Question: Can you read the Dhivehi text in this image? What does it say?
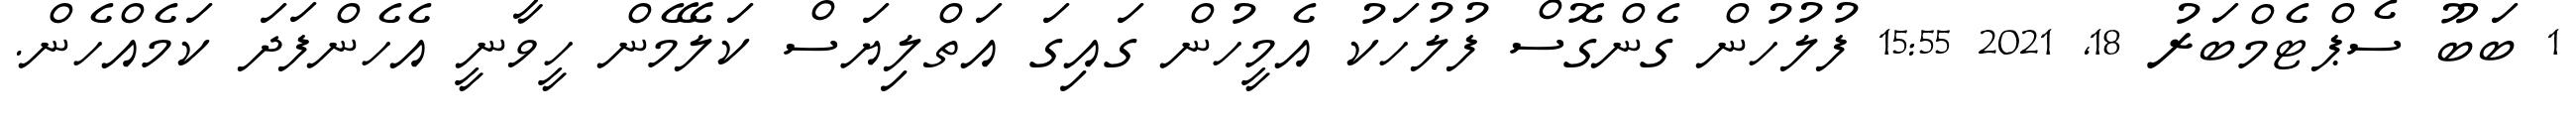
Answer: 1 ބަބޫ ސެޕްޓެމްބަރު 18, 2021 15:55 ފުލުހުން ގެންގޮސް ފުލުހަކު އެމީހުން ގައިގަ އަތްލިޔަސް ކަލޭމެން ހީވާނީ އެހެންފަދަ ކަމެއްހެން.